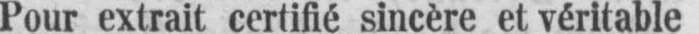
Pour extrait certifié sincère et véritable